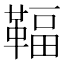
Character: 𩋨